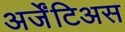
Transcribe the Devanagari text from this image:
अर्जेंटिअस